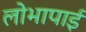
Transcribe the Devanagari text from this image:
लोभापाई